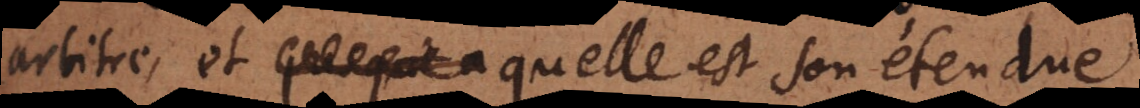
arbitre, et quelle est son étendue